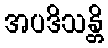
အပဒိသန္တိ